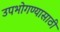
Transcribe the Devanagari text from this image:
उपभोगण्यासाठी